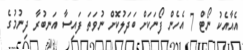
އެއާއެކު ނޯޓް 7 އެހެން ފޯނަކަށް ބަދަލުކޮށް ނުވަތަ ފައިސާ އަނބުރާ ދިނުމުގެ